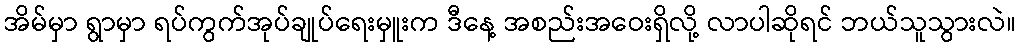
အိမ်မှာ ရွာမှာ ရပ်ကွက်အုပ်ချုပ်ရေးမှူးက ဒီနေ့ အစည်းအဝေးရှိလို့ လာပါဆိုရင် ဘယ်သူသွားလဲ။